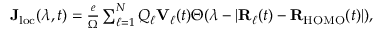
\begin{array} { r } { \mathbf { J } _ { \mathrm { l o c } } ( \lambda , t ) = \frac { e } { \Omega } \sum _ { \ell = 1 } ^ { N } Q _ { \ell } \mathbf { V } _ { \ell } ( t ) \Theta ( \lambda - | \mathbf { R } _ { \ell } ( t ) - \mathbf { R } _ { \mathrm { H O M O } } ( t ) | ) , } \end{array}